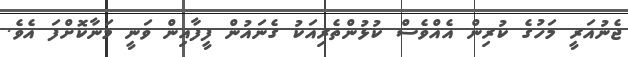
ޖެނުއަރީ މަހުގެ ކުރިން އެއްވެސް ކުޅުންތެރިއަކު ގެނައުން ފީފާއިން ވަނީ މަނާކޮށްފަ އެވެ.